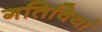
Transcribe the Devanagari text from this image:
गतिवियां